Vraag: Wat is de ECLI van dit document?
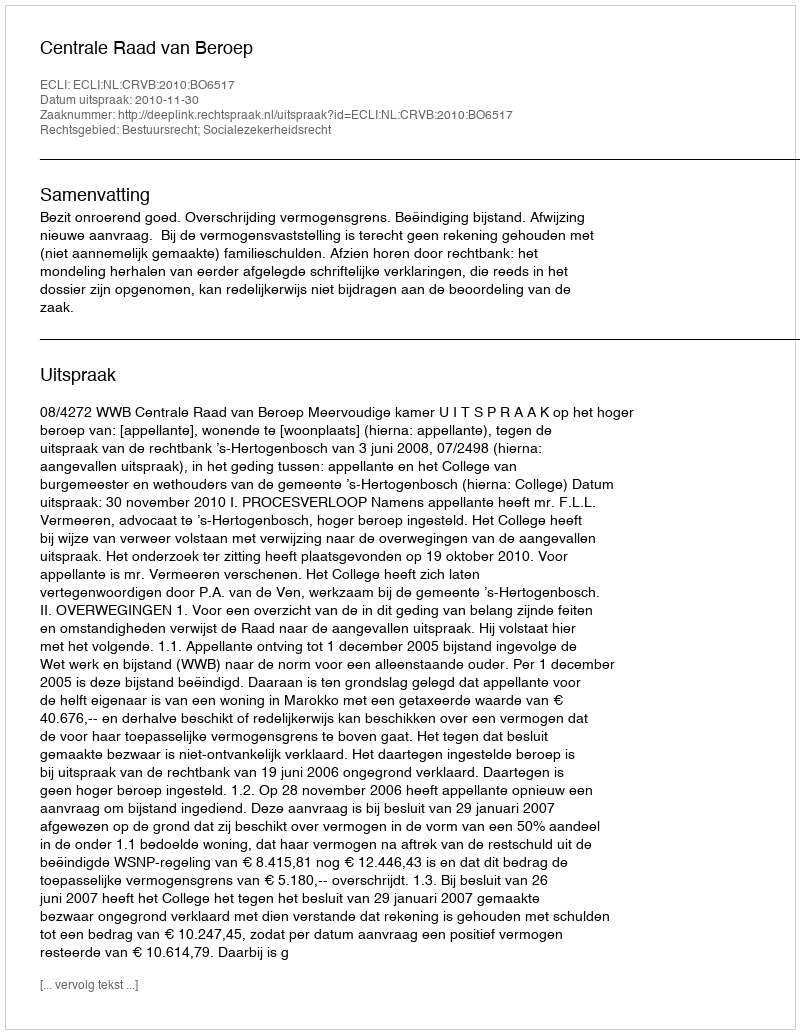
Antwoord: ECLI:NL:CRVB:2010:BO6517